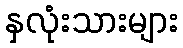
နှလုံးသားများ